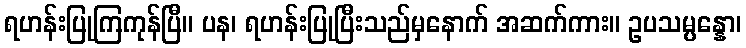
ရဟန်းပြုကြကုန်ပြီ။ ပန၊ ရဟန်းပြုပြီးသည်မှနောက် အဆက်ကား။ ဥပသမ္ပန္နော၊